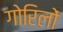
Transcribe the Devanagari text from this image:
गोरिलों